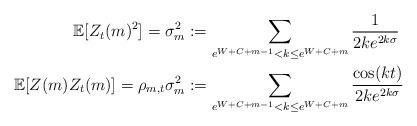
LaTeX: \begin{align*} \mathbb{E}[Z_t(m)^2] = \sigma_m^2 &:= \sum_{e^{W+C+m-1} < k \le e^{W+C+m}} \frac{1}{2 k e^{ 2 k \sigma}} \\ \mathbb{E}[Z(m) Z_t(m)] = \rho_{m,t} \sigma_m^2 &:= \sum_{e^{W+C+m-1} < k \le e^{W+C+m}} \frac{\cos(k t)}{2 k e^{2 k \sigma}} \end{align*}